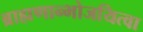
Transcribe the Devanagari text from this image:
ब्राह्मणान्भोजयित्वा